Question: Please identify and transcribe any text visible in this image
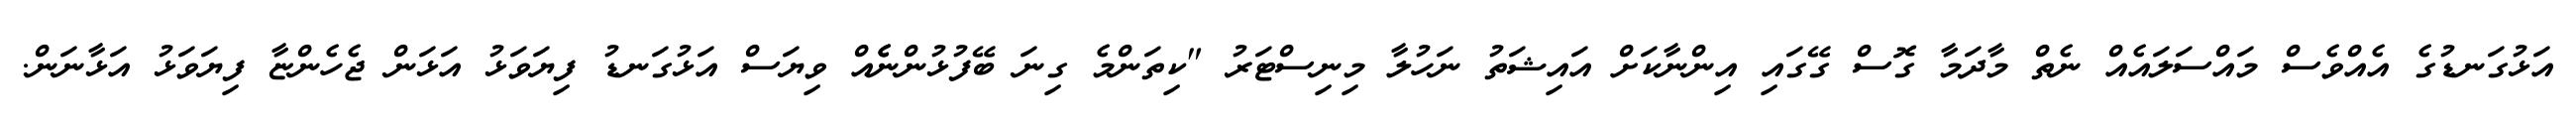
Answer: އަޅުގަނޑުގެ އެއްވެސް މައްސަލައެއް ނެތް މާދަމާ ގޮސް ގޭގައި އިންނާކަށް އައިޝަތު ނަހުލާ މިނިސްޓަރު "ކިތަންމެ ގިނަ ބޭފުޅުންނެެއް ވިޔަސް އަޅުގަނޑު ފިޔަވަޅު އަޅަން ޖެހެންޏާ ފިޔަވަޅު އަޅާނަން.